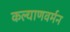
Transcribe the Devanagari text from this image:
कल्याणवर्मन